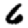
Digit: 6